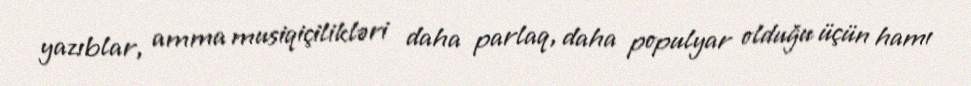
yazıblar, amma musiqiçilikləri daha parlaq, daha populyar olduğu üçün hamı